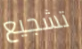
تشجيع